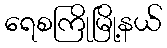
ရေစကြိုမြို့နယ်